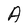
Character: A